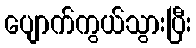
ပျောက်ကွယ်သွားပြီး